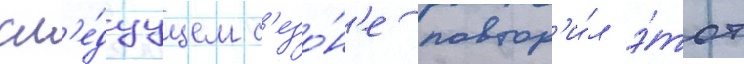
сл'е́дуущем с'езо́н'е повтор'и́л э́тот